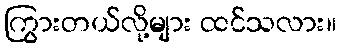
ကြွားတယ်လို့များ ထင်သလား။